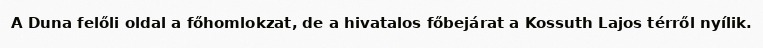
A Duna felőli oldal a főhomlokzat, de a hivatalos főbejárat a Kossuth Lajos térről nyílik.